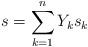
LaTeX: \begin{align*}s=\sum_{k=1}^n Y_k s_{k}\end{align*}